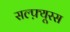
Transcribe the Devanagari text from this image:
सल्फ़्यूरस